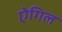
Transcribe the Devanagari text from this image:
ऐगिल